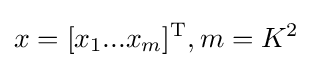
x=[x_{1}...x_{m}]^{\rm {T}},m=K^{2}